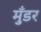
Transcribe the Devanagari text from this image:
मुँडर